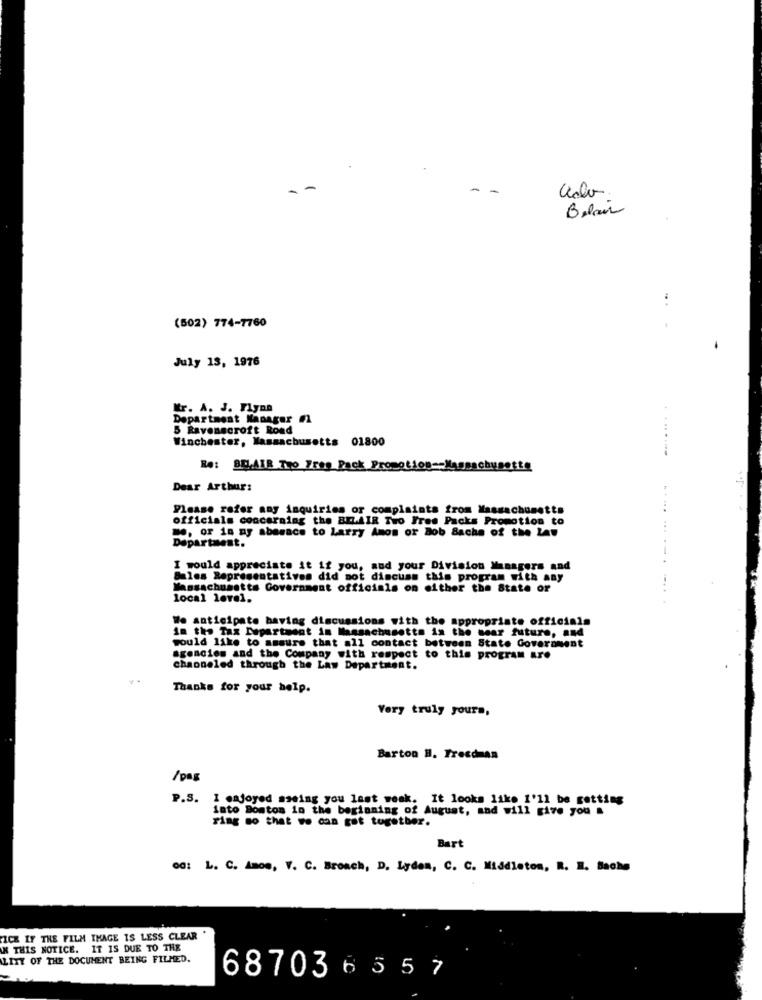
Belair
.. .
(502) 774-7760
July 13, 1976
Kr. A. J. Flynn
Department Manager #
5 Ravenscroft Road
Winchester, Massachusetts 01800
.....
Re: BULAIR Tro 7res Pack Promotion -- Massachusette
Dear Arthur:
Please refer any inquiries or complaints from Massachusetts
officials concerning the BELAIR Two Fres Packs Promotion to
m ., or in ny abasace to Larry Amos or Bob Sacha of the Law
Department.
I would appreciate it if you, and your Division Managers and
Sales Representatives did not discuss this program with any
Massachusetts Government officials on either the State or
local level.
We anticipate having discussions with the appropriate officials
in the Tax Department in Massachusetts in the near future, and
would like to amsure that all contact between State Government
agencies and the Company with respect to this program ar.
chaoneled through the Law Department.
Thanks for your help.
Very truly yours,
Barton H. Freedman
/ pas
P.S. I enjoyed sseing you last week. It looks like 1'11 be getting
into Bonton in the beginning of August, and will give you .
ring so that we can get together.
Bart
00: L. C. Amon, V. C. Broach, D. Lyden, C. C. Middleton, R. I. Bache
ICK IF THE FILM IMAGE IS LESS CLEAR .
IN THIS NOTICE. IT IS DUE TO THE
LITY OF THE DOCUMENT BEING FILMED.
687036557